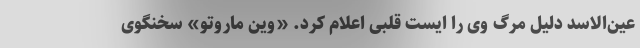
عین‌الاسد دلیل مرگ وی را ایست قلبی اعلام کرد. «وین ماروتو» سخنگوی